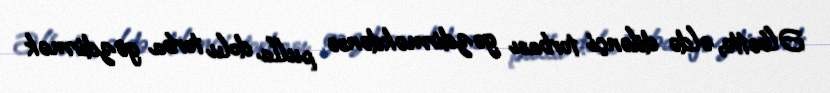
Əlbəttə, əldə dilənçi torbası gəzdirməkdənsə pulla dolu torba gəzdirmək